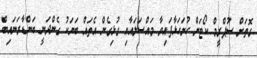
ގޮތަށް ސުޕްރީމް ކޯޓަށް ހުށަހަޅާފައިވާ މައްސަލައާއި ގުޅިގެން އެތައް ބަޔަކު ގެންދަނީ ބަންޑާރަނައިބް